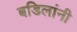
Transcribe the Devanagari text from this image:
बडिलांनी